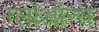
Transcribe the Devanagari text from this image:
ग्लोओन्स